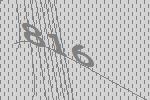
816